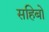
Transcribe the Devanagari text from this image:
सहिबो